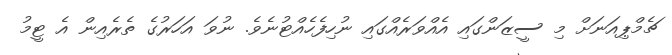
ޗެމްޕިއަނަށް މި ސީޒަންގައި އެއްވަރެއްގައި ނުހިފެހެއްޓުނެވެ. ނުވަ އަހަރުގެ ތެރެއިން އެ ޓީމު